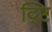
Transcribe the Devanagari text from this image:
द्ष्टि